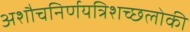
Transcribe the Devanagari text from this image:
अशौचनिर्णयत्रिशच्छलोकी